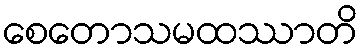
စေတောသမထဿာတိ